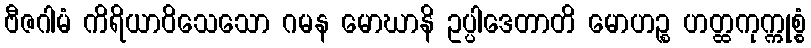
ဗီဇဂါမံ ကိရိယာဝိသေသော ဂမန မောဃာနိ ဥပ္ပါဒေတာတိ မောဟဉ္စ ဟတ္ထကုက္ကုစ္စံ